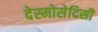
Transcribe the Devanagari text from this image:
देस्मोसेदिसी